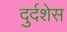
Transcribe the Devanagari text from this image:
दुर्दशेस